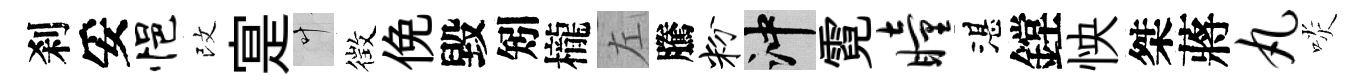
刹妥悒改寔叶徴俛毀矧櫳左騰粉冲霓瞳湛鏜怏桀蔣丸啖